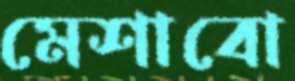
মেশাবো